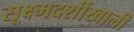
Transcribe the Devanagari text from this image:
सूक्ष्मदर्शीखाली